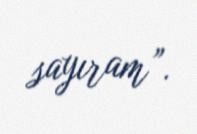
sayıram”.